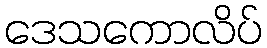
ဒေသကောလိပ်